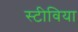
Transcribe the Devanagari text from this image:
स्टीविया